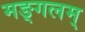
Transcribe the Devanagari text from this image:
मङ्गलम्